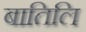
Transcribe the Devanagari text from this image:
बातिलि